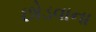
છોડવાના